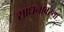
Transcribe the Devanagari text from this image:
साधनावस्था